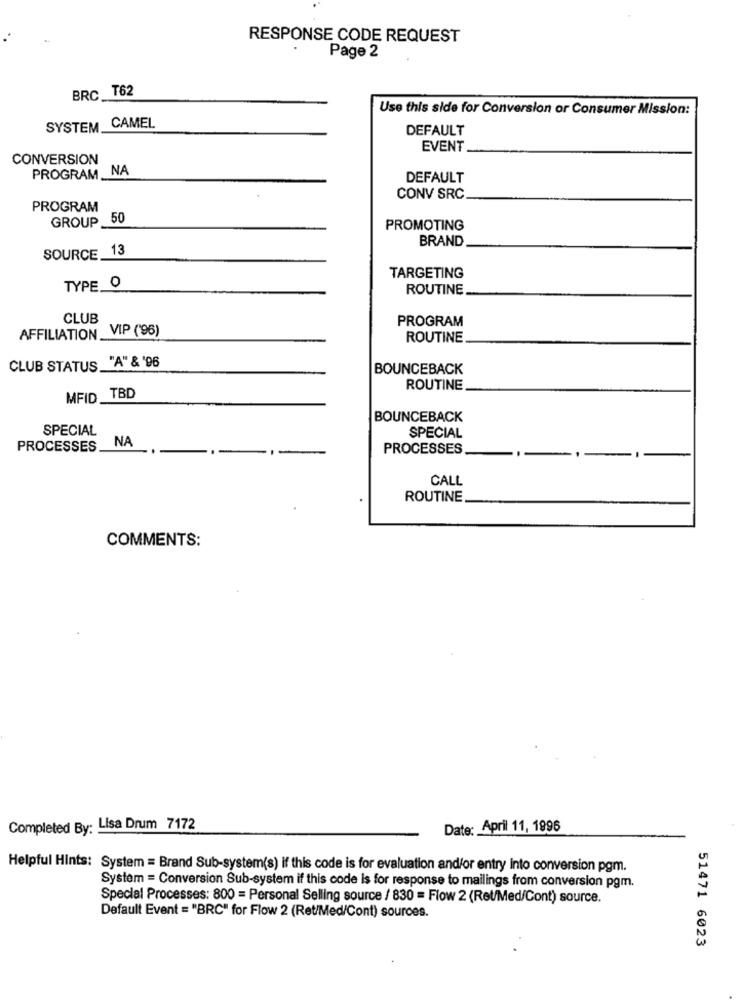
RESPONSE CODE REQUEST
Page 2
BRC T62
Use this side for Conversion or Consumer Mission:
SYSTEM __
CAMEL
DEFAULT
EVENT
CONVERSION
PROGRAM NA
DEFAULT
CONV SRC
PROGRAM
GROUP _50
PROMOTING
BRAND
SOURCE 13
TARGETING
TYPE O
ROUTINE
CLUB
PROGRAM
AFFILIATION VIP ('96)
ROUTINE
CLUB STATUS _"A" & '96
BOUNCEBACK
ROUTINE
MFID _TBD
BOUNCEBACK
SPECIAL
NA
SPECIAL
PROCESSES
PROCESSES
CALL
ROUTINE
COMMENTS:
Completed By: Lisa Drum 7172
Date: April 11, 1996
Helpful Hints: System = Brand Sub-system(s) if this code is for evaluation andfor entry into conversion pgm.
System = Conversion Sub-system if this code is for response to mailings from conversion pgm.
Special Processes: 800 = Personal Selling source / 830 = Flow 2 (Ret/Med/Cont) source.
Default Event = "BRC" for Flow 2 (Ret/Med/Cont) sources.
51471 6023